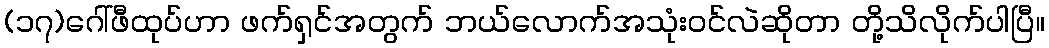
(၁၇)ဂေါ်ဖီထုပ်ဟာ ဖက်ရှင်အတွက် ဘယ်လောက်အသုံးဝင်လဲဆိုတာ တို့သိလိုက်ပါပြီ။